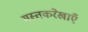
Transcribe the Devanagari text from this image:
मस्तकरेखाएँ